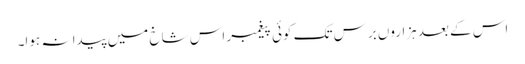
اس کے بعد ہزاروں برس تک کوئی پیغمبر اس شاخ میں پیدا نہ ہوا۔